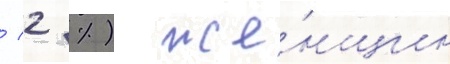
/ 2 %) же́нщин